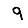
Digit: 9